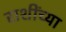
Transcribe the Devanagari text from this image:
राशींच्या